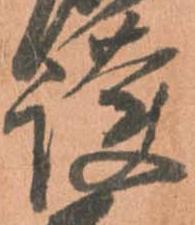
護